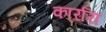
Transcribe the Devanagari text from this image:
कार्रारा